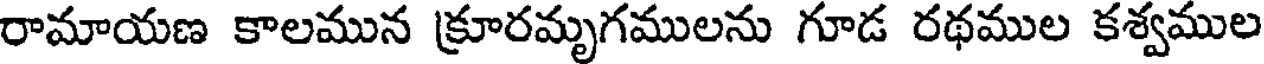
రామాయణ కాలమున క్రూరమృగములను గూడ రథముల కశ్వముల